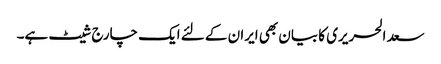
سعد الحریری کا بیان بھی ایران کے لئے ایک چارج شیٹ ہے۔